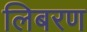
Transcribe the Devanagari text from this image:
लिबरण